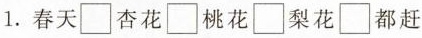
1. 春天□杏花□桃花□梨花□都赶